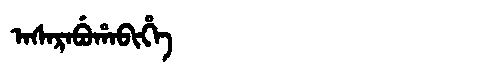
Manchu: ᠠᠰᠠᡵᠠᠪᡠᡥᠠᠪᡳᡥᡝ
Romanization: ASARABUHABIHE